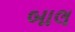
બાલ